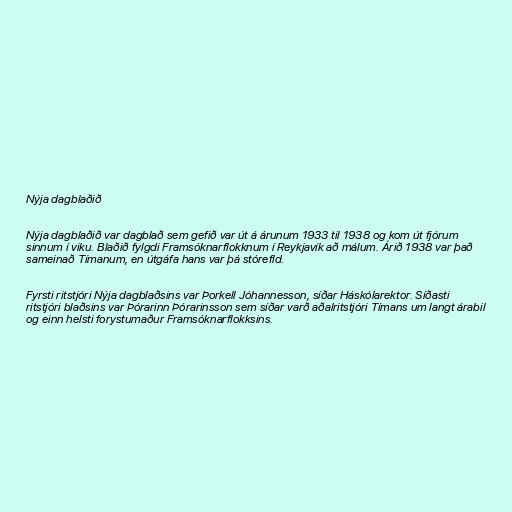
Nýja dagblaðið

Nýja dagblaðið var dagblað sem gefið var út á árunum 1933 til 1938 og kom út fjórum
sinnum í viku. Blaðið fylgdi Framsóknarflokknum í Reykjavík að málum. Árið 1938 var það
sameinað Tímanum, en útgáfa hans var þá stórefld.

Fyrsti ritstjóri Nýja dagblaðsins var Þorkell Jóhannesson, síðar Háskólarektor. Síðasti
ritstjóri blaðsins var Þórarinn Þórarinsson sem síðar varð aðalritstjóri Tímans um langt árabil
og einn helsti forystumaður Framsóknarflokksins.